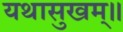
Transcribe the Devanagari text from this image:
यथासुखम्॥